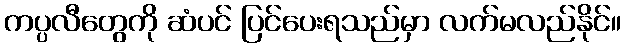
ကပ္ပလီတွေကို ဆံပင် ပြင်ပေးရသည်မှာ လက်မလည်နိုင်။